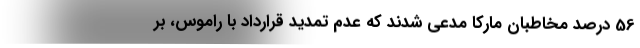
56 درصد مخاطبان مارکا مدعی شدند که عدم تمدید قرارداد با راموس، بر